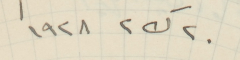
٢٠ ك٢ ١٩٢٨